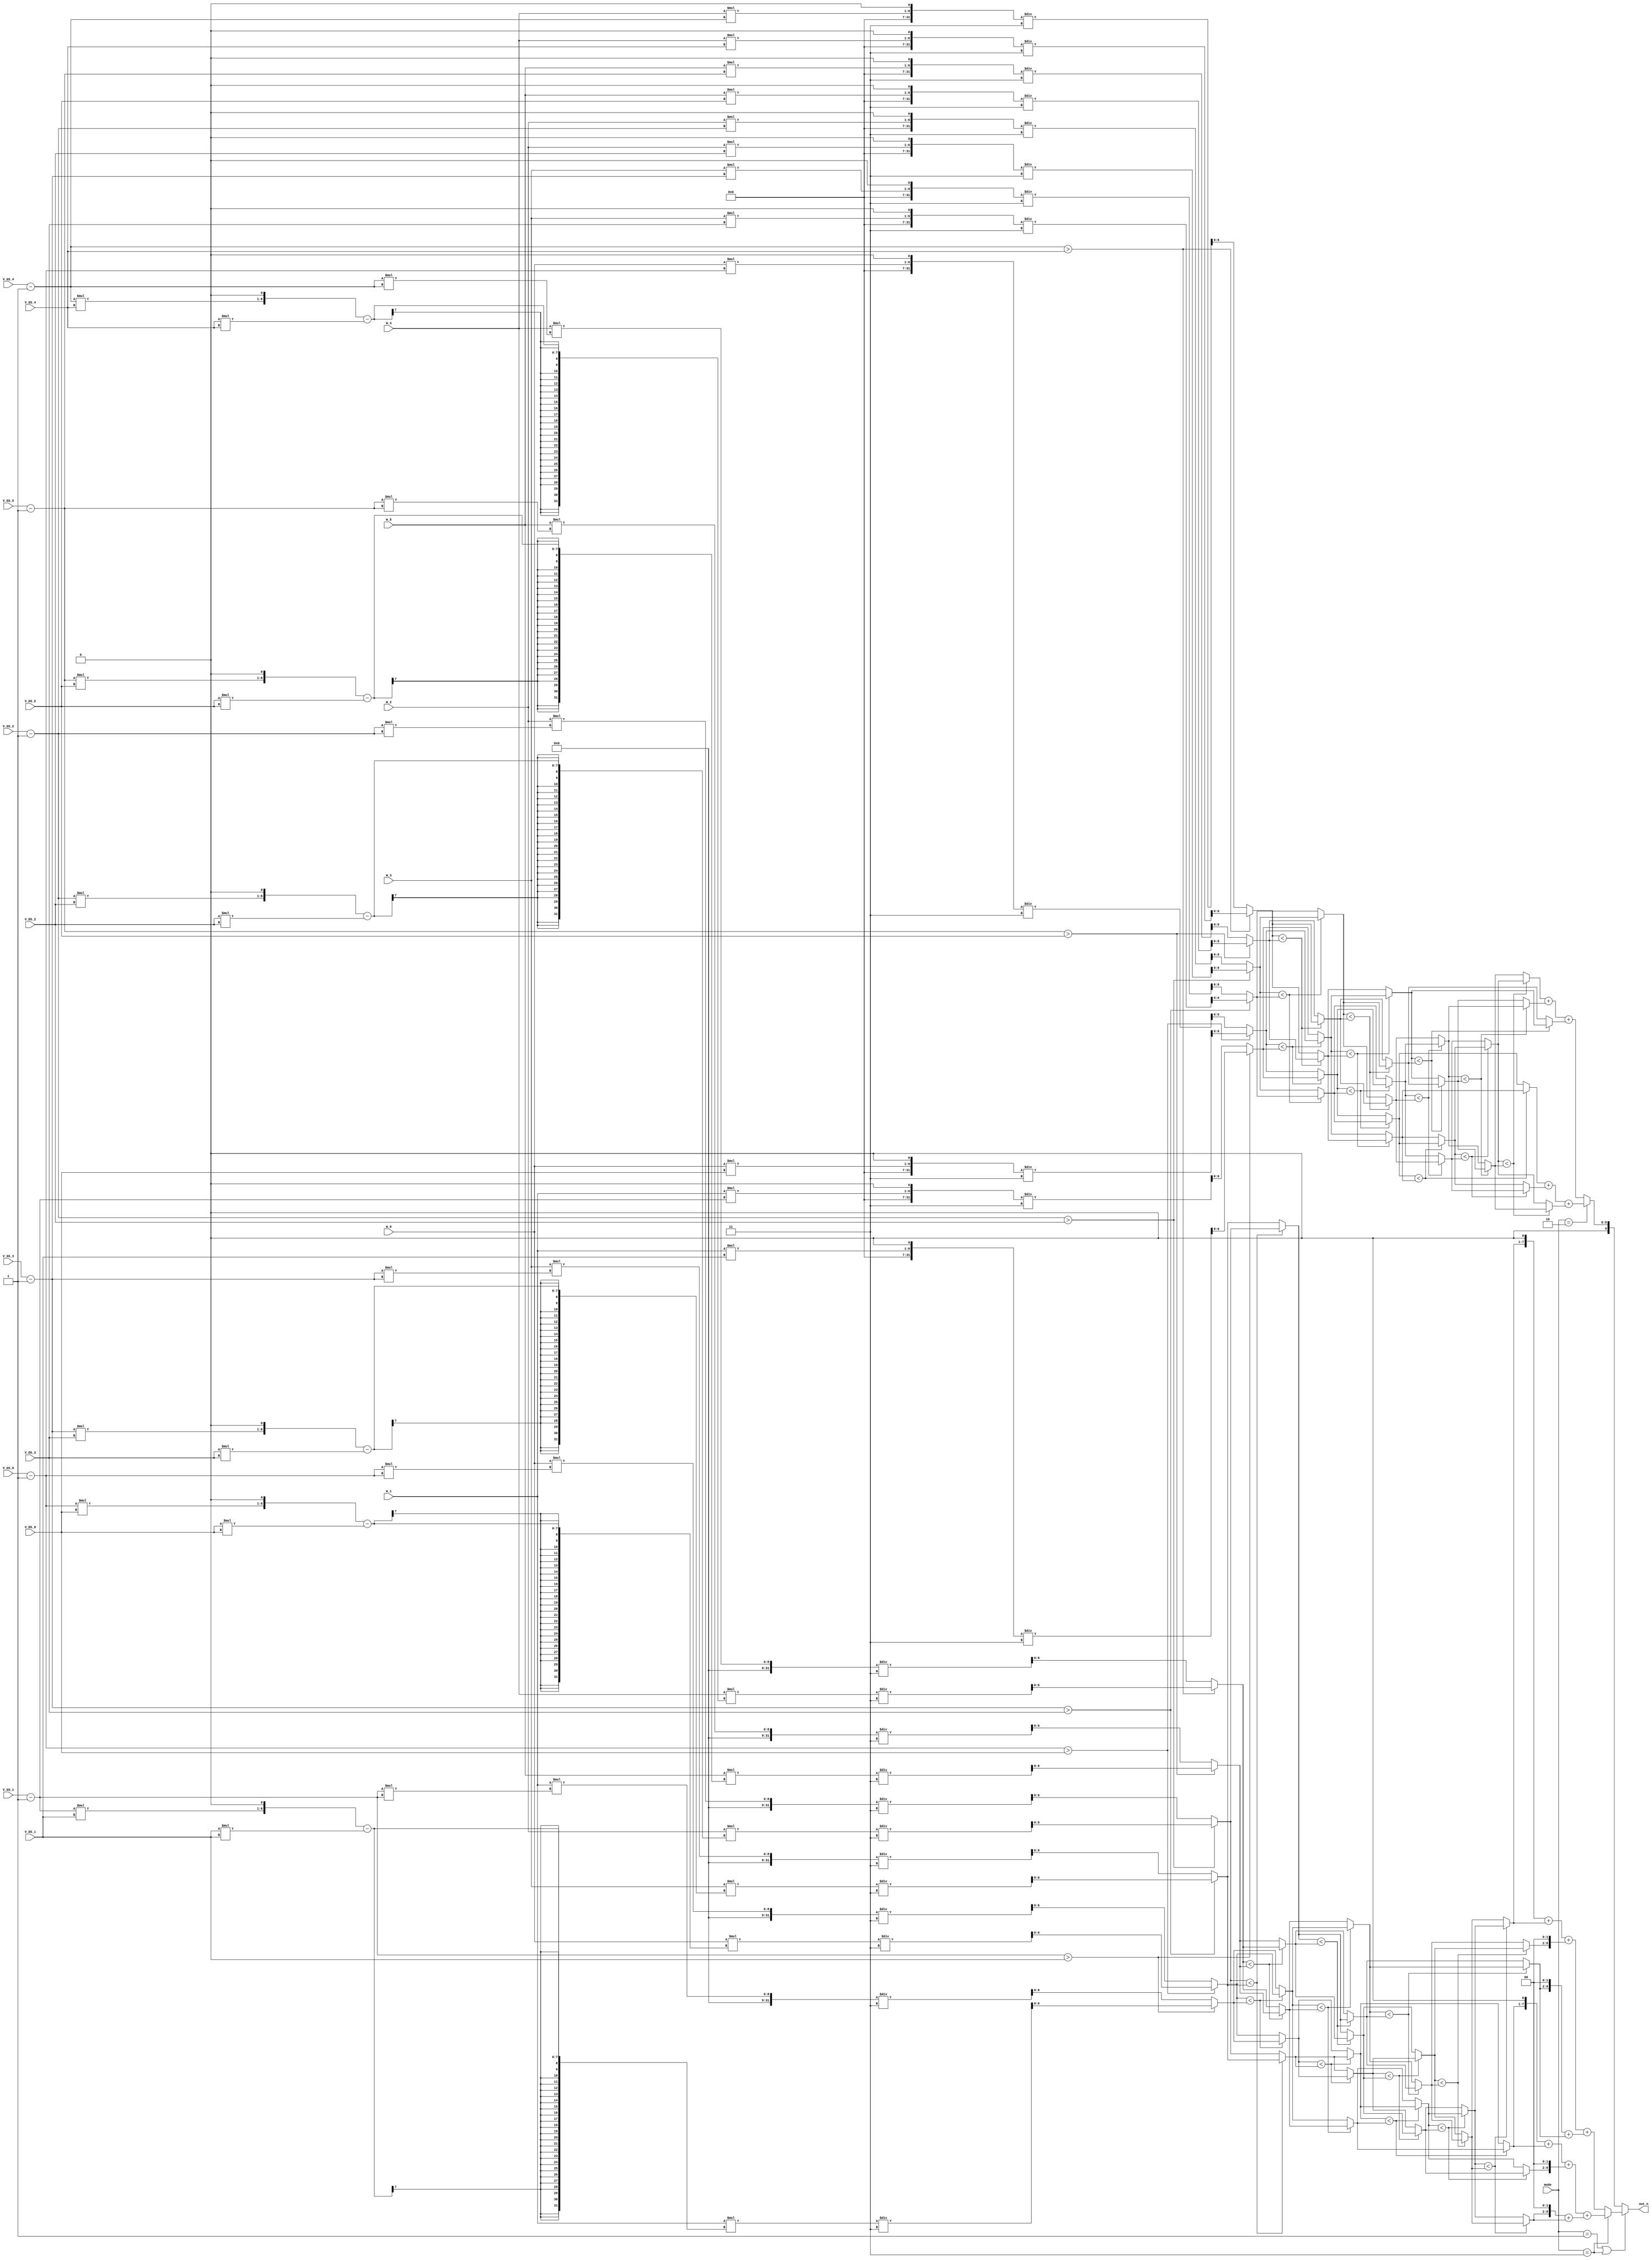
module SMC(
    // Input signals
    mode,
    W_0, V_GS_0, V_DS_0,
    W_1, V_GS_1, V_DS_1,
    W_2, V_GS_2, V_DS_2,
    W_3, V_GS_3, V_DS_3,
    W_4, V_GS_4, V_DS_4,
    W_5, V_GS_5, V_DS_5,   
    // Output signals
    out_n
);

//================================================================
//   INPUT AND OUTPUT DECLARATION                         
//================================================================
input [2:0] W_0, V_GS_0, V_DS_0;
input [2:0] W_1, V_GS_1, V_DS_1;
input [2:0] W_2, V_GS_2, V_DS_2;
input [2:0] W_3, V_GS_3, V_DS_3;
input [2:0] W_4, V_GS_4, V_DS_4;
input [2:0] W_5, V_GS_5, V_DS_5;
input [1:0] mode;
output [9:0] out_n;

wire [2:0] W_temp [0:5] ;
wire [2:0] V_GS_temp [0:5], V_DS_temp [0:5], V_GS_square[0:5] ;

reg [6:0] I_value [0:5] ;
reg [6:0] gm_value [0:5] ;
reg [6:0] n_I [0:5] ,n_I2 [0:5], n_I3 [0:5], n_I4 [0:5], n_I5 [0:5] ;
reg [6:0] n_gm [0:5], n_gm2 [0:5], n_gm3 [0:5], n_gm4 [0:5], n_gm5 [0:5] ;

wire [9:0] I_total, gm_total ;
integer i ;

assign  W_temp[0] = W_0 ;
assign  W_temp[1] = W_1 ;
assign  W_temp[2] = W_2 ;
assign  W_temp[3] = W_3 ;
assign  W_temp[4] = W_4 ;
assign  W_temp[5] = W_5 ;
assign  V_GS_temp[0] = V_GS_0 -1 ;
assign  V_GS_temp[1] = V_GS_1 -1 ;
assign  V_GS_temp[2] = V_GS_2 -1 ;
assign  V_GS_temp[3] = V_GS_3 -1 ;
assign  V_GS_temp[4] = V_GS_4 -1 ;
assign  V_GS_temp[5] = V_GS_5 -1 ;
assign  V_DS_temp[0] = V_DS_0 ;
assign  V_DS_temp[1] = V_DS_1 ; 
assign  V_DS_temp[2] = V_DS_2 ; 
assign  V_DS_temp[3] = V_DS_3 ; 
assign  V_DS_temp[4] = V_DS_4 ; 
assign  V_DS_temp[5] = V_DS_5 ; 

always @(*)
begin
    for (i=0; i<6; i=i+1)
    begin
        if (V_GS_temp[i] > V_DS_temp[i])
        begin
            I_value[i] = (W_temp[i]*((V_GS_temp[i]*(V_DS_temp[i])<<1)-(V_DS_temp[i]*V_DS_temp[i])))/3 ;
            gm_value[i] = ((W_temp[i]*(V_DS_temp[i]))<<1)/3 ;  
        end
        else begin
            I_value[i] = (W_temp[i]*(V_GS_temp[i]*V_GS_temp[i]))/3 ;
            gm_value[i] = ((W_temp[i]*V_GS_temp[i]<<1))/3 ;
        end
    end
end

always @(*) 
begin
    n_I[0] = (I_value[0] < I_value[1])? I_value[1] : I_value[0] ;
    n_I[1] = (I_value[0] < I_value[1])? I_value[0] : I_value[1] ;
    n_I[2] = (I_value[2] < I_value[3])? I_value[3] : I_value[2] ;
    n_I[3] = (I_value[2] < I_value[3])? I_value[2] : I_value[3] ;
    n_I[4] = (I_value[4] < I_value[5])? I_value[5] : I_value[4] ;
    n_I[5] = (I_value[4] < I_value[5])? I_value[4] : I_value[5] ;
    n_I2[0] = (n_I[0] < n_I[2])? n_I[2] : n_I[0] ;
    n_I2[1] = (n_I[0] < n_I[2])? n_I[0] : n_I[2] ;
    n_I2[2] = (n_I[1] < n_I[4])? n_I[4] : n_I[1] ;
    n_I2[3] = (n_I[1] < n_I[4])? n_I[1] : n_I[4] ;
    n_I2[4] = (n_I[3] < n_I[5])? n_I[5] : n_I[3] ;
    n_I2[5] = (n_I[3] < n_I[5])? n_I[3] : n_I[5] ;
    n_I3[0] = (n_I2[0] < n_I2[2])? n_I2[2] : n_I2[0] ;
    n_I3[1] = (n_I2[0] < n_I2[2])? n_I2[0] : n_I2[2] ;
    n_I3[2] = (n_I2[1] < n_I2[4])? n_I2[4] : n_I2[1] ;
    n_I3[3] = (n_I2[1] < n_I2[4])? n_I2[1] : n_I2[4] ;
    n_I3[4] = (n_I2[3] < n_I2[5])? n_I2[5] : n_I2[3] ;
    n_I3[5] = (n_I2[3] < n_I2[5])? n_I2[3] : n_I2[5] ;
    n_I4[0] = n_I3[0] ;
    n_I4[1] = (n_I3[1] < n_I3[2])? n_I3[2] : n_I3[1] ;
    n_I4[2] = (n_I3[1] < n_I3[2])? n_I3[1] : n_I3[2] ;
    n_I4[3] = (n_I3[3] < n_I3[4])? n_I3[4] : n_I3[3] ;
    n_I4[4] = (n_I3[3] < n_I3[4])? n_I3[3] : n_I3[4] ;
    n_I4[5] = n_I3[5] ;
    n_I5[0] = n_I4[0] ;    
    n_I5[1] = n_I4[1] ;
    n_I5[2] = (n_I4[2] < n_I4[3])? n_I4[3] : n_I4[2] ;
    n_I5[3] = (n_I4[2] < n_I4[3])? n_I4[2] : n_I4[3] ;
    n_I5[4] = n_I4[4] ;
    n_I5[5] = n_I4[5] ;    
end

always @(*)
begin
    n_gm[0] = (gm_value[0]<gm_value[1])? gm_value[1] : gm_value[0] ;
    n_gm[1] = (gm_value[0]<gm_value[1])? gm_value[0] : gm_value[1] ;
    n_gm[2] = (gm_value[2]<gm_value[3])? gm_value[3] : gm_value[2] ;
    n_gm[3] = (gm_value[2]<gm_value[3])? gm_value[2] : gm_value[3] ;
    n_gm[4] = (gm_value[4]<gm_value[5])? gm_value[5] : gm_value[4] ;
    n_gm[5] = (gm_value[4]<gm_value[5])? gm_value[4] : gm_value[5] ;
    n_gm2[0] = (n_gm[0] < n_gm[2])? n_gm[2] : n_gm[0] ;
    n_gm2[1] = (n_gm[0] < n_gm[2])? n_gm[0] : n_gm[2] ;
    n_gm2[2] = (n_gm[1] < n_gm[4])? n_gm[4] : n_gm[1] ;
    n_gm2[3] = (n_gm[1] < n_gm[4])? n_gm[1] : n_gm[4] ;
    n_gm2[4] = (n_gm[3] < n_gm[5])? n_gm[5] : n_gm[3] ;
    n_gm2[5] = (n_gm[3] < n_gm[5])? n_gm[3] : n_gm[5] ;
    n_gm3[0] = (n_gm2[0] < n_gm2[2])? n_gm2[2] : n_gm2[0] ;
    n_gm3[1] = (n_gm2[0] < n_gm2[2])? n_gm2[0] : n_gm2[2] ;
    n_gm3[2] = (n_gm2[1] < n_gm2[4])? n_gm2[4] : n_gm2[1] ;
    n_gm3[3] = (n_gm2[1] < n_gm2[4])? n_gm2[1] : n_gm2[4] ;
    n_gm3[4] = (n_gm2[3] < n_gm2[5])? n_gm2[5] : n_gm2[3] ;
    n_gm3[5] = (n_gm2[3] < n_gm2[5])? n_gm2[3] : n_gm2[5] ;
    n_gm4[0] = n_gm3[0] ;
    n_gm4[1] = (n_gm3[1] < n_gm3[2])? n_gm3[2] : n_gm3[1] ;
    n_gm4[2] = (n_gm3[1] < n_gm3[2])? n_gm3[1] : n_gm3[2] ;
    n_gm4[3] = (n_gm3[3] < n_gm3[4])? n_gm3[4] : n_gm3[3] ;
    n_gm4[4] = (n_gm3[3] < n_gm3[4])? n_gm3[3] : n_gm3[4] ;
    n_gm4[5] = n_gm3[5] ;
    n_gm5[0] = n_gm4[0] ;
    n_gm5[1] = n_gm4[1] ; 
    n_gm5[2] = (n_gm4[2] < n_gm4[3])? n_gm4[3] : n_gm4[2] ;
    n_gm5[3] = (n_gm4[2] < n_gm4[3])? n_gm4[2] : n_gm4[3] ;
    n_gm5[4] = n_gm4[4] ; 
    n_gm5[5] = n_gm4[5] ;  
end

assign I_total = (mode == 2'd11)? ((n_I5[0]<<1)+n_I5[0])+(n_I5[1]<<2)+((n_I5[2]<<2)+n_I5[2]) : ((n_I5[3]<<1)+n_I5[3])+((n_I5[4]<<2))+ ((n_I5[5]<<2)+ n_I5[5]) ;
assign gm_total = (mode == 2'd10)? (n_gm5[0])+(n_gm5[1])+(n_gm5[2]) : (n_gm5[3])+(n_gm5[4])+(n_gm5[5]) ;
assign out_n = (mode == 2'd01 || mode == 2'd11)? I_total : gm_total ;

endmodule